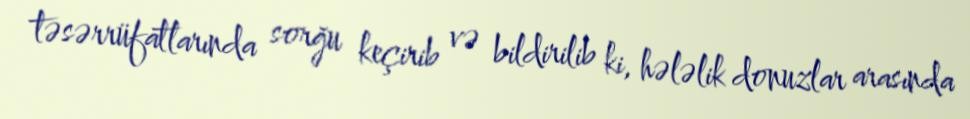
təsərrüfatlarında sorğu keçirib və bildirilib ki, hələlik donuzlar arasında